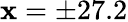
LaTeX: \mathbf{x}=\pm27.2